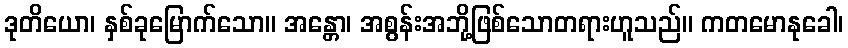
ဒုတိယော၊ နှစ်ခုမြောက်သော။ အန္တော၊ အစွန်းအဘို့ဖြစ်သောတရားဟူသည်။ ကတမောနုခေါ၊